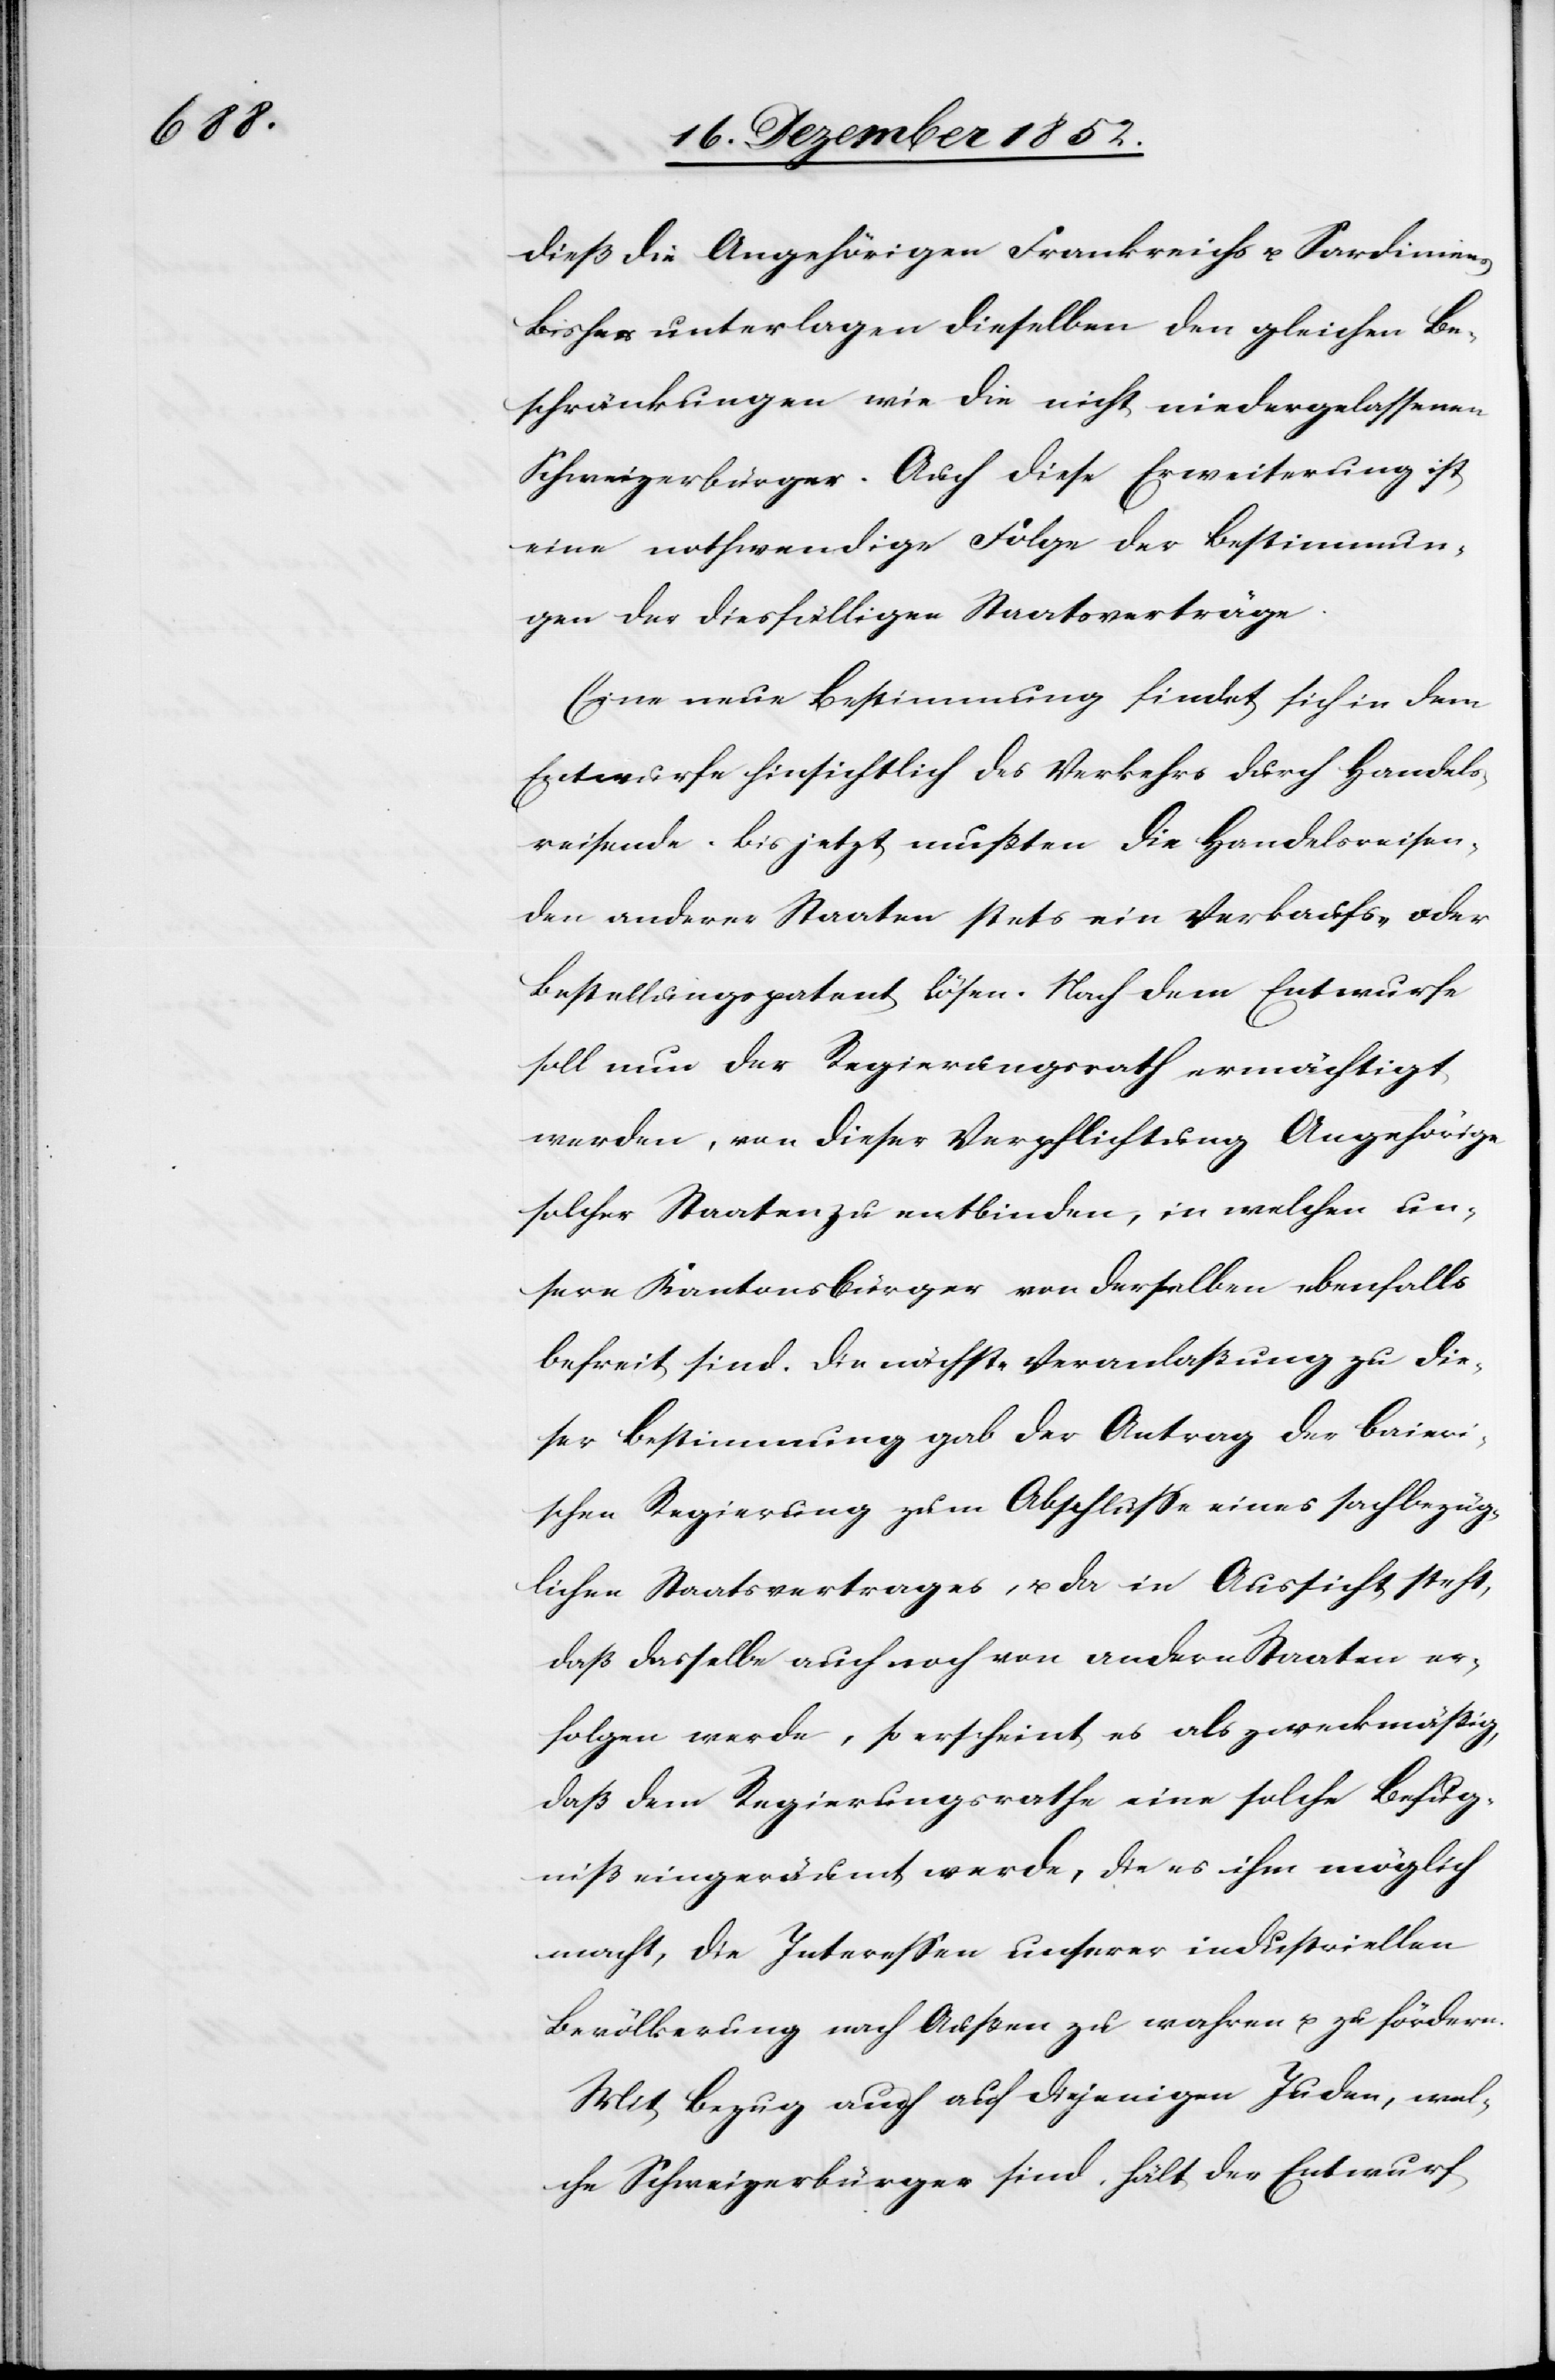
s[.]

dieß die Angehörigen Frankreichs u. Sardinien¬
Bisher unterlagen dieselben den gleichen Be¬
schränkungen wie die nicht niedergelassenen
Schweizerbürger. Auch diese Erweiterung ist
eine nothwendige Folge der Bestimmun¬
gen der diesfälligen Staatsverträge.
Eine neue Bestimmung findet sich in dem
Entwurfe hinsichtlich des Verkehrs durch Handels¬
reisende. Bis jetzt mußten die Handelsreisen¬
den anderer Staaten stets ein Verkaufs- oder
Bestellungspatent lösen. Nach dem Entwurfe
soll nun der Regierungsrath ermächtigt
werden, von dieser Verpflichtung Angehörige
solcher Staaten zu entbinden, in welchen un¬
sere Kantonsbürger von derselben ebenfalls
befreit sind. Die nächste Veranlaßung zu die¬
ser Bestimmung gab der Antrag der Baieri¬
schen Regierung zum Abschlusse eines sachbezüg¬
lichen Staatsvertrages, u. da in Aussicht steht,
daß dasselbe auch noch von andern Staaten er¬
folgen werde, so erscheint es als zweckmäßig,
daß dem Regierungsrathe eine solche Befug¬
niß eingeräumt werde, die es ihm möglich
macht, die Interessen unserer industriellen
Bevölkerung nach Außen zu wahren u. zu fördern.
Mit Bezug auch auf diejenigen Juden, wel¬
che Schweizerbürger sind, hält der Entwurf